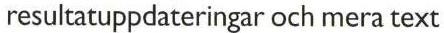
resultatuppdateringar och mera text